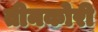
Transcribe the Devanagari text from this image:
तीनकोरी